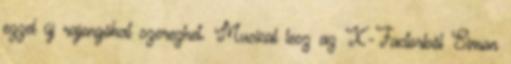
ezzel új rajongókat szerezhet. Musical lesz az X-Factorből Simon